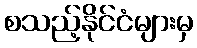
စသည့်နိုင်ငံများမှ